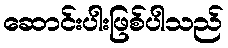
ဆောင်းပါးဖြစ်ပါသည်